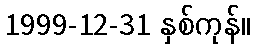
1999-12-31 နှစ်ကုန်။